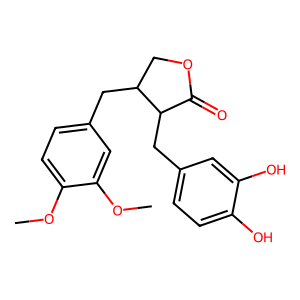
SMILES: COc1ccc(CC2COC(=O)C2Cc2ccc(O)c(O)c2)cc1OC
Inhibits HIV replication: No